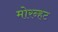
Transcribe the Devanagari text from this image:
मोरन्हट